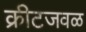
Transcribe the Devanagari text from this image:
क्रीटजवळ